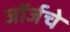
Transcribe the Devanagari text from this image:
जॉर्जचे